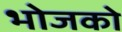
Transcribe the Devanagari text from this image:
भोजको